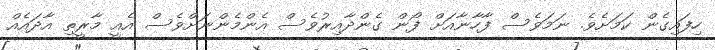
ހިފައިގެން ކަމަށެވެ. ނަމަވެސް ފާހާނާއަށް ފޯން ގެންދާއިރުވެސް އެންމެންނަށްވެސް އެއީ މާރީތި އާދައެއް